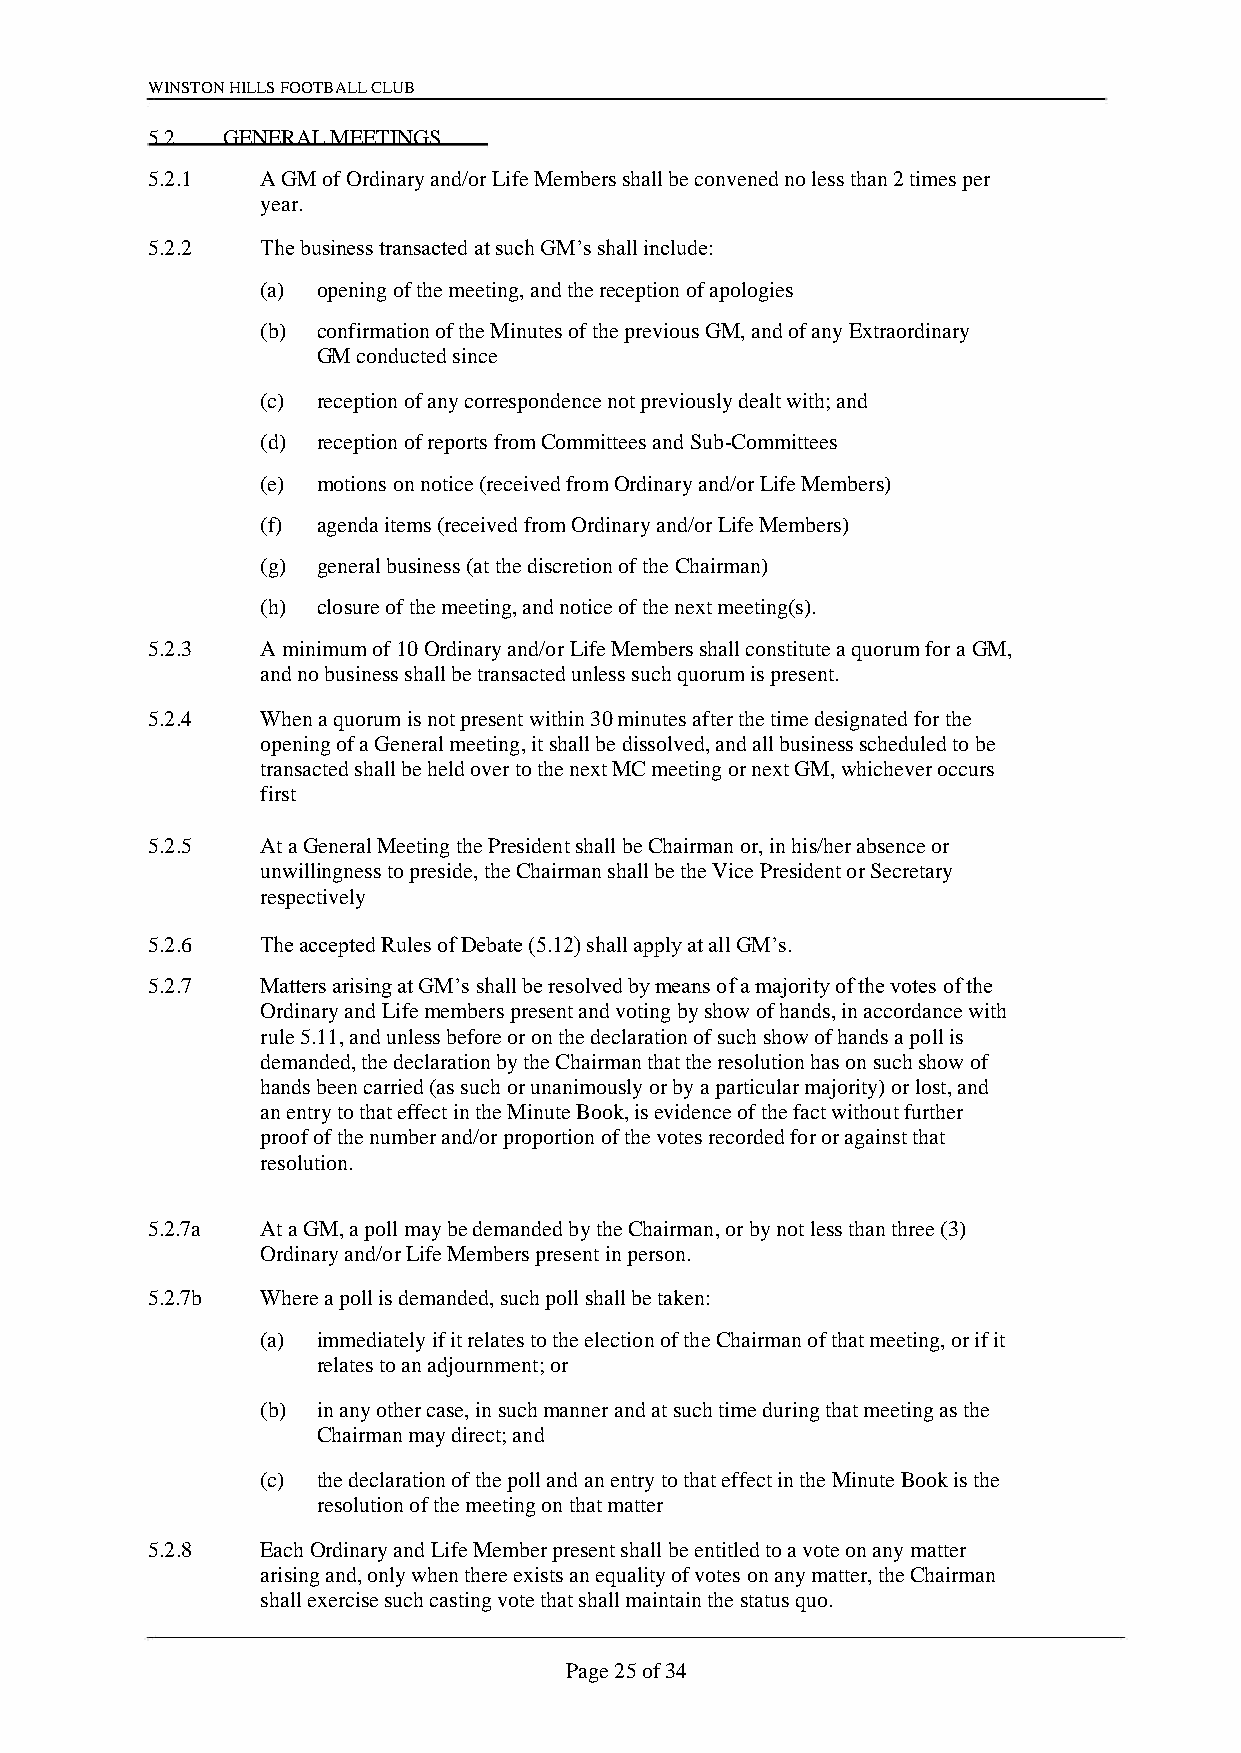
WINSTON HILLS FOOTBALL CLUB
 5.2  GENERAL MEETINGS
 5.2.1  A GM of Ordinary and/or Life Members shall be convened no less than 2 times per
 year.
 5.2.2  The business transacted at such GM’s shall include:
 (a) opening of the meeting, and the reception of apologies
 (b) confirmation of the Minutes of the previous GM, and of any Extraordinary
 GM conducted since
 (c) reception of any correspondence not previously dealt with; and
 (d) reception of reports from Committees and Sub-Committees
 (e) motions on notice (received from Ordinary and/or Life Members)
 (f) agenda items (received from Ordinary and/or Life Members)
 (g) general business (at the discretion of the Chairman)
 (h) closure of the meeting, and notice of the next meeting(s).
 5.2.3  A minimum of 10 Ordinary and/or Life Members shall constitute a quorum for a GM,
 and no business shall be transacted unless such quorum is present.
 5.2.4  When a quorum is not present within 30 minutes after the time designated for the
 opening of a General meeting, it shall be dissolved, and all business scheduled to be
 transacted shall be held over to the next MC meeting or next GM, whichever occurs
 first
 5.2.5  At a General Meeting the President shall be Chairman or, in his/her absence or
 unwillingness to preside, the Chairman shall be the Vice President or Secretary
 respectively
 5.2.6  The accepted Rules of Debate (5.12) shall apply at all GM’s.
 5.2.7  Matters arising at GM’s shall be resolved by means of a majority of the votes of the
 Ordinary and Life members present and voting by show of hands, in accordance with
 rule 5.11, and unless before or on the declaration of such show of hands a poll is
 demanded, the declaration by the Chairman that the resolution has on such show of
 hands been carried (as such or unanimously or by a particular majority) or lost, and
 an entry to that effect in the Minute Book, is evidence of the fact without further
 proof of the number and/or proportion of the votes recorded for or against that
 resolution.
 5.2.7a At a GM, a poll may be demanded by the Chairman, or by not less than three (3)
 Ordinary and/or Life Members present in person.
 5.2.7b Where a poll is demanded, such poll shall be taken:
 (a) immediately if it relates to the election of the Chairman of that meeting, or if it
 relates to an adjournment; or
 (b) in any other case, in such manner and at such time during that meeting as the
 Chairman may direct; and
 (c) the declaration of the poll and an entry to that effect in the Minute Book is the
 resolution of the meeting on that matter
 5.2.8  Each Ordinary and Life Member present shall be entitled to a vote on any matter
 arising and, only when there exists an equality of votes on any matter, the Chairman
 shall exercise such casting vote that shall maintain the status quo.
 Page 25 of 34